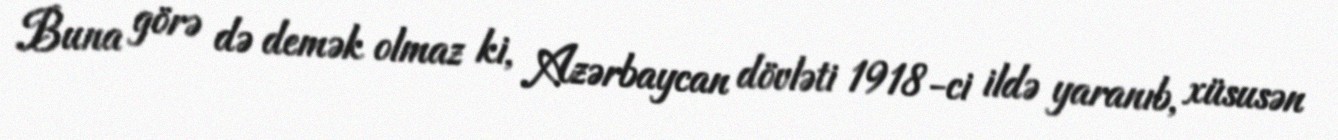
Buna görə də demək olmaz ki, Azərbaycan dövləti 1918-ci ildə yaranıb, xüsusən